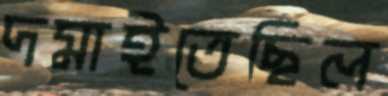
দমাইতেছিল